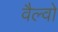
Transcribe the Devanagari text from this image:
वैल्वो